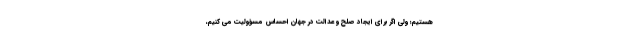
هستیم؛ ولی اگر برای ایجاد صلح و عدالت در جهان احساس مسؤولیت می کنیم،